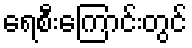
ရေစီးကြောင်းတွင်